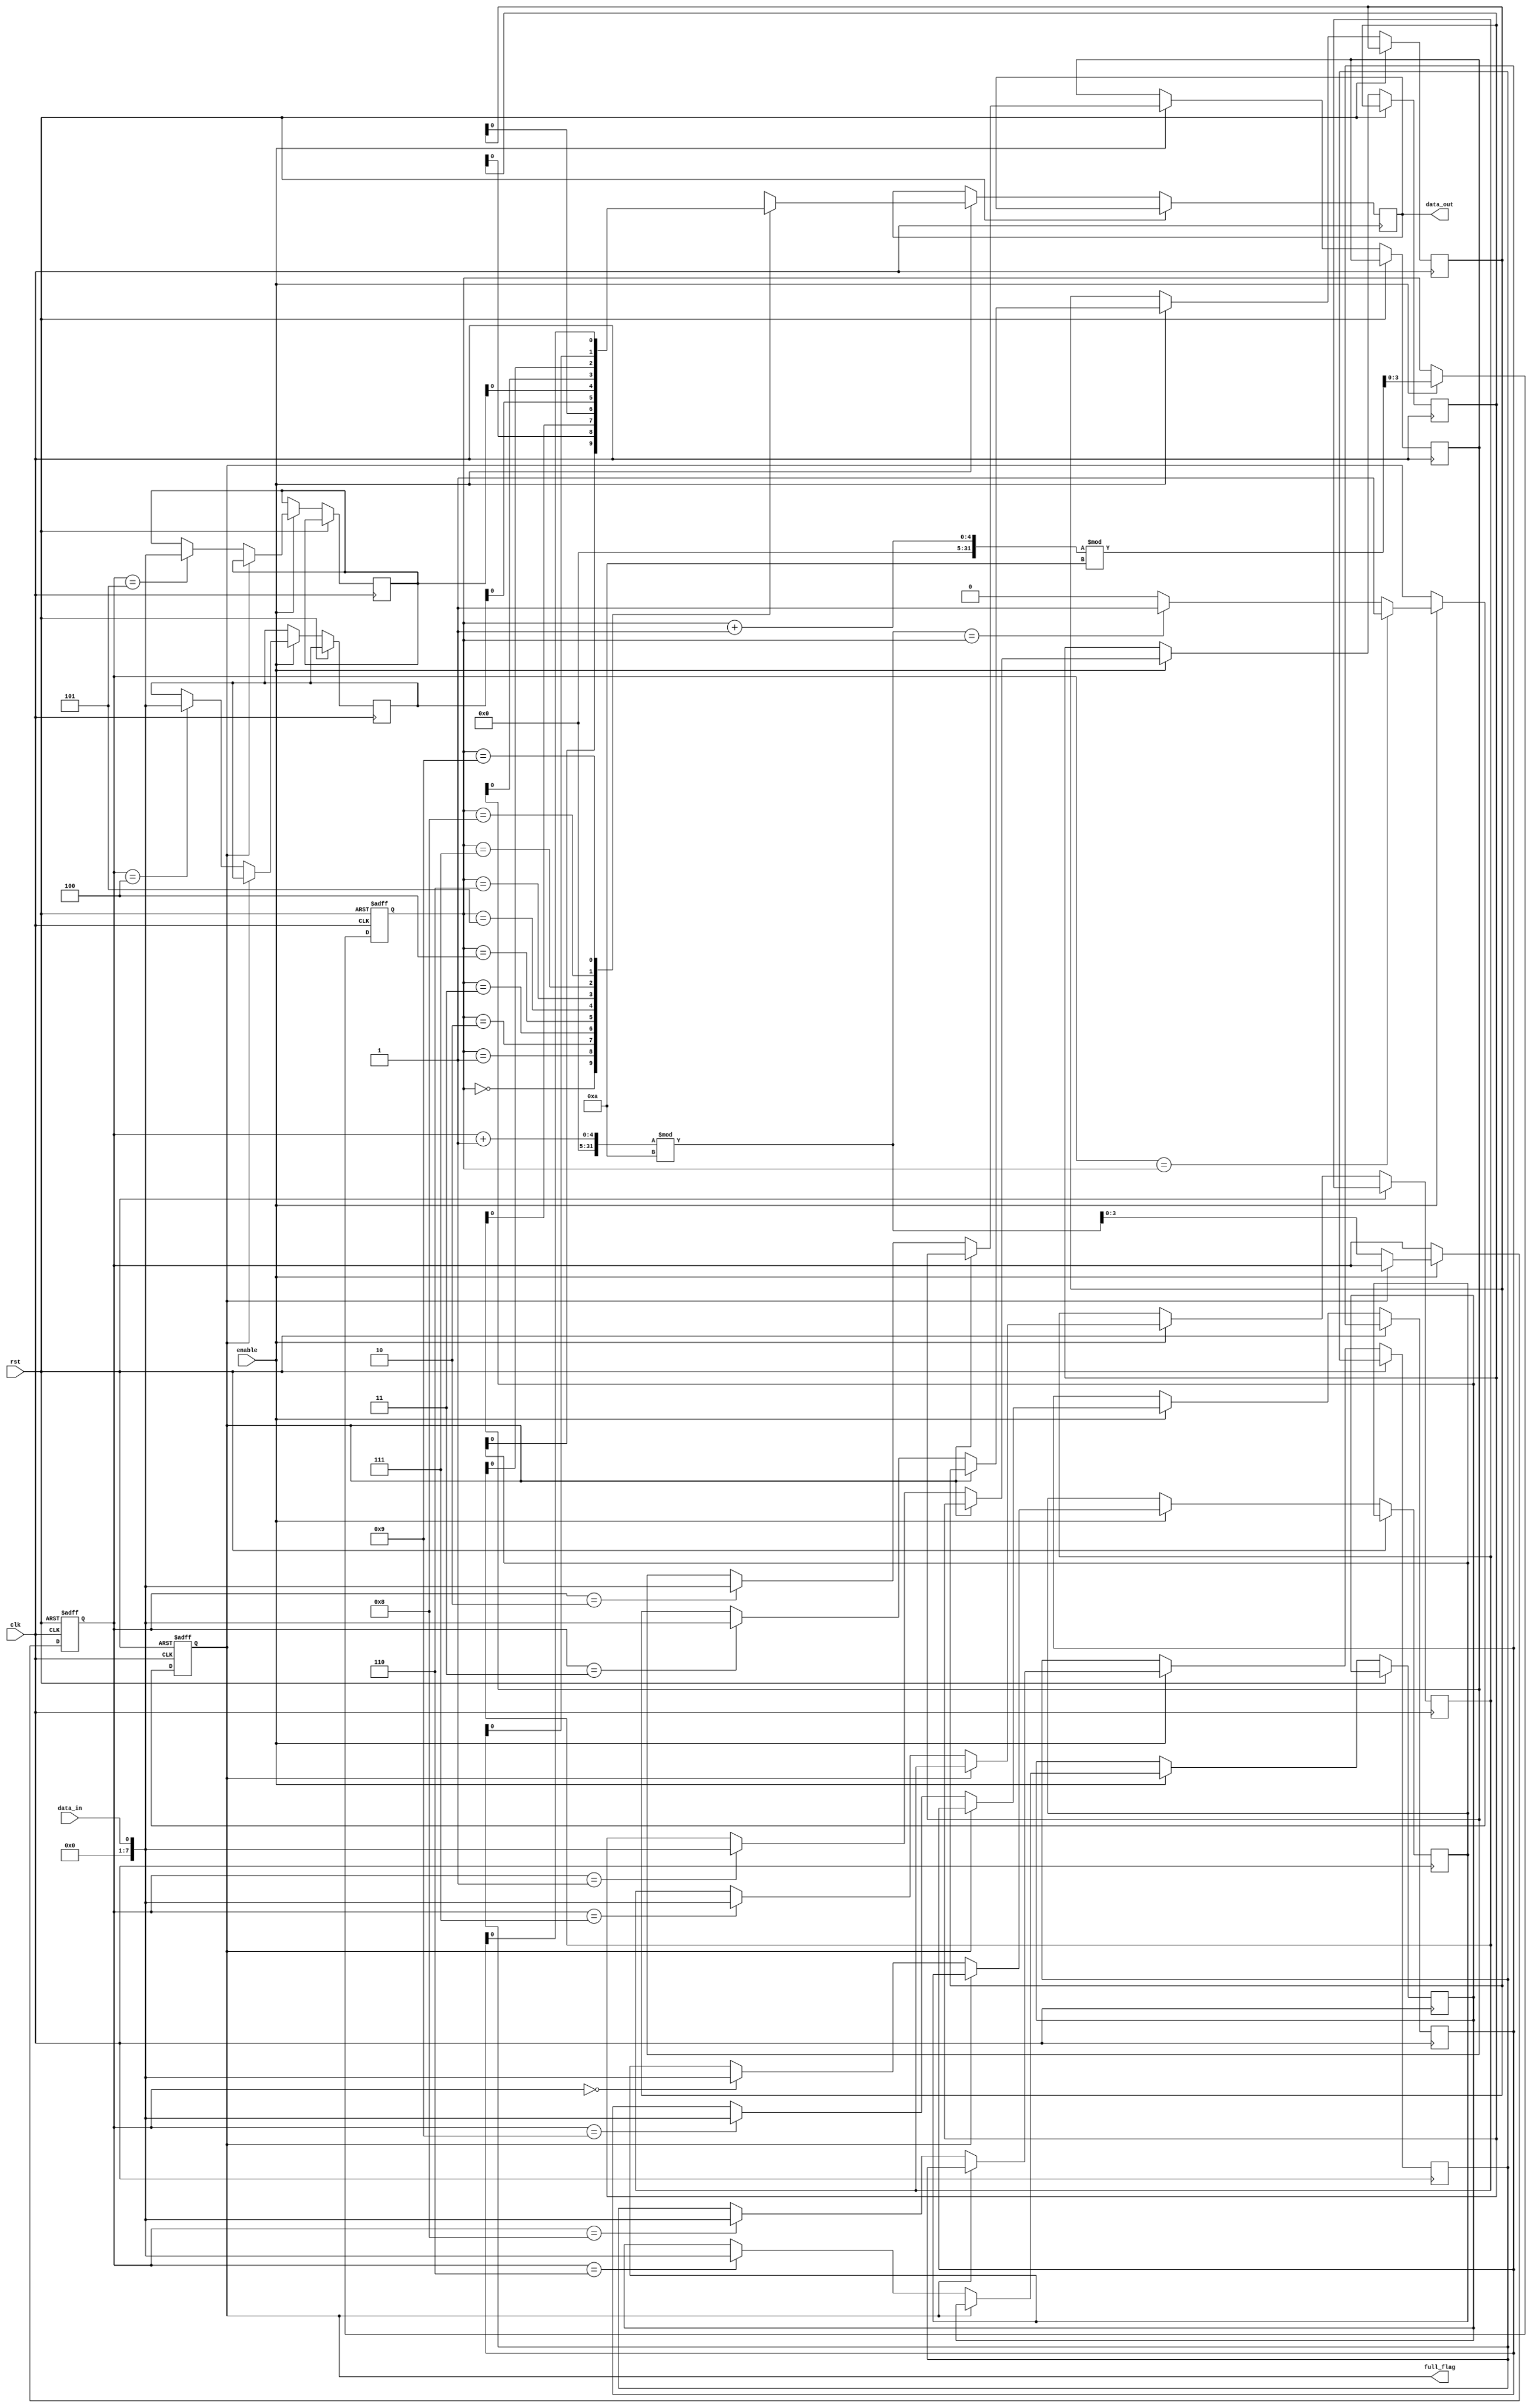
module almost_full_fifo (
    input clk,
    input rst,
    input enable,
    input data_in,
    output data_out,
    output full_flag
);

parameter FIFO_SIZE = 10;
reg [7:0] fifo [0:FIFO_SIZE-1];
reg [3:0] write_ptr;
reg [3:0] read_ptr;
reg almost_full_flag;

always @(posedge clk or posedge rst) begin
    if (rst) begin
        write_ptr <= 0;
        read_ptr <= 0;
        almost_full_flag <= 0;
    end else if (enable) begin
        if (write_ptr == read_ptr) begin
            almost_full_flag <= 1;
        end else if ((write_ptr + 1) % FIFO_SIZE == read_ptr) begin
            almost_full_flag <= 1;
        end else begin
            almost_full_flag <= 0;
        end
        
        if (almost_full_flag == 0) begin
            fifo[write_ptr] <= data_in;
            write_ptr <= (write_ptr + 1) % FIFO_SIZE;
        end
        
        data_out <= fifo[read_ptr];
        read_ptr <= (read_ptr + 1) % FIFO_SIZE;
    end
end

assign full_flag = almost_full_flag;

endmodule